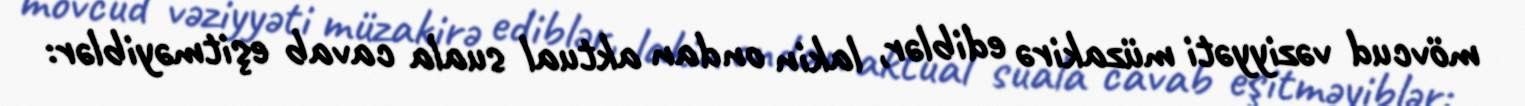
mövcud vəziyyəti müzakirə ediblər, lakin ondan aktual suala cavab eşitməyiblər: